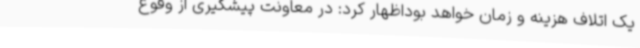
یک اتلاف هزینه و زمان خواهد بوداظهار کرد: در معاونت پیشگیری از وقوع